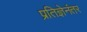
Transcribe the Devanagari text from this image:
प्रतिज्ञेनंतर